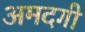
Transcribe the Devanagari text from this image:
अमदगी